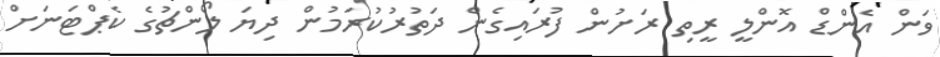
ވަން އެންޑް އޮންލީ ރީތި ރަށުން ފުރައިގެން ދަތުރުކުރަމުން ދިޔަ ލޯންޗުގެ ކެޕްޓަނަށް